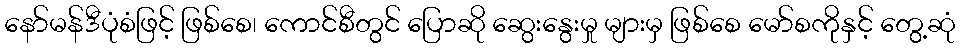
နော်မန်ဒီပုံစံဖြင့် ဖြစ်စေ၊ ကောင်စီတွင် ပြောဆို ဆွေးနွေးမှု များမှ ဖြစ်စေ မော်စကိုနှင့် တွေ့ဆုံ